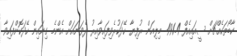
ކާބޯތަކެއްޗަށް ސީއައިއެފް 491.4 މިލިއަން ރުފިޔާ ހޭދަކުރެވިފައިވާއިރު ދެވަނައަށް އެންމެ ގިނައިން ހޭދަކޮށްފައިވާ